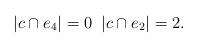
LaTeX: \begin{align*}|c \cap e_4| = 0 \; \; |c \cap e_2| = 2. \end{align*}